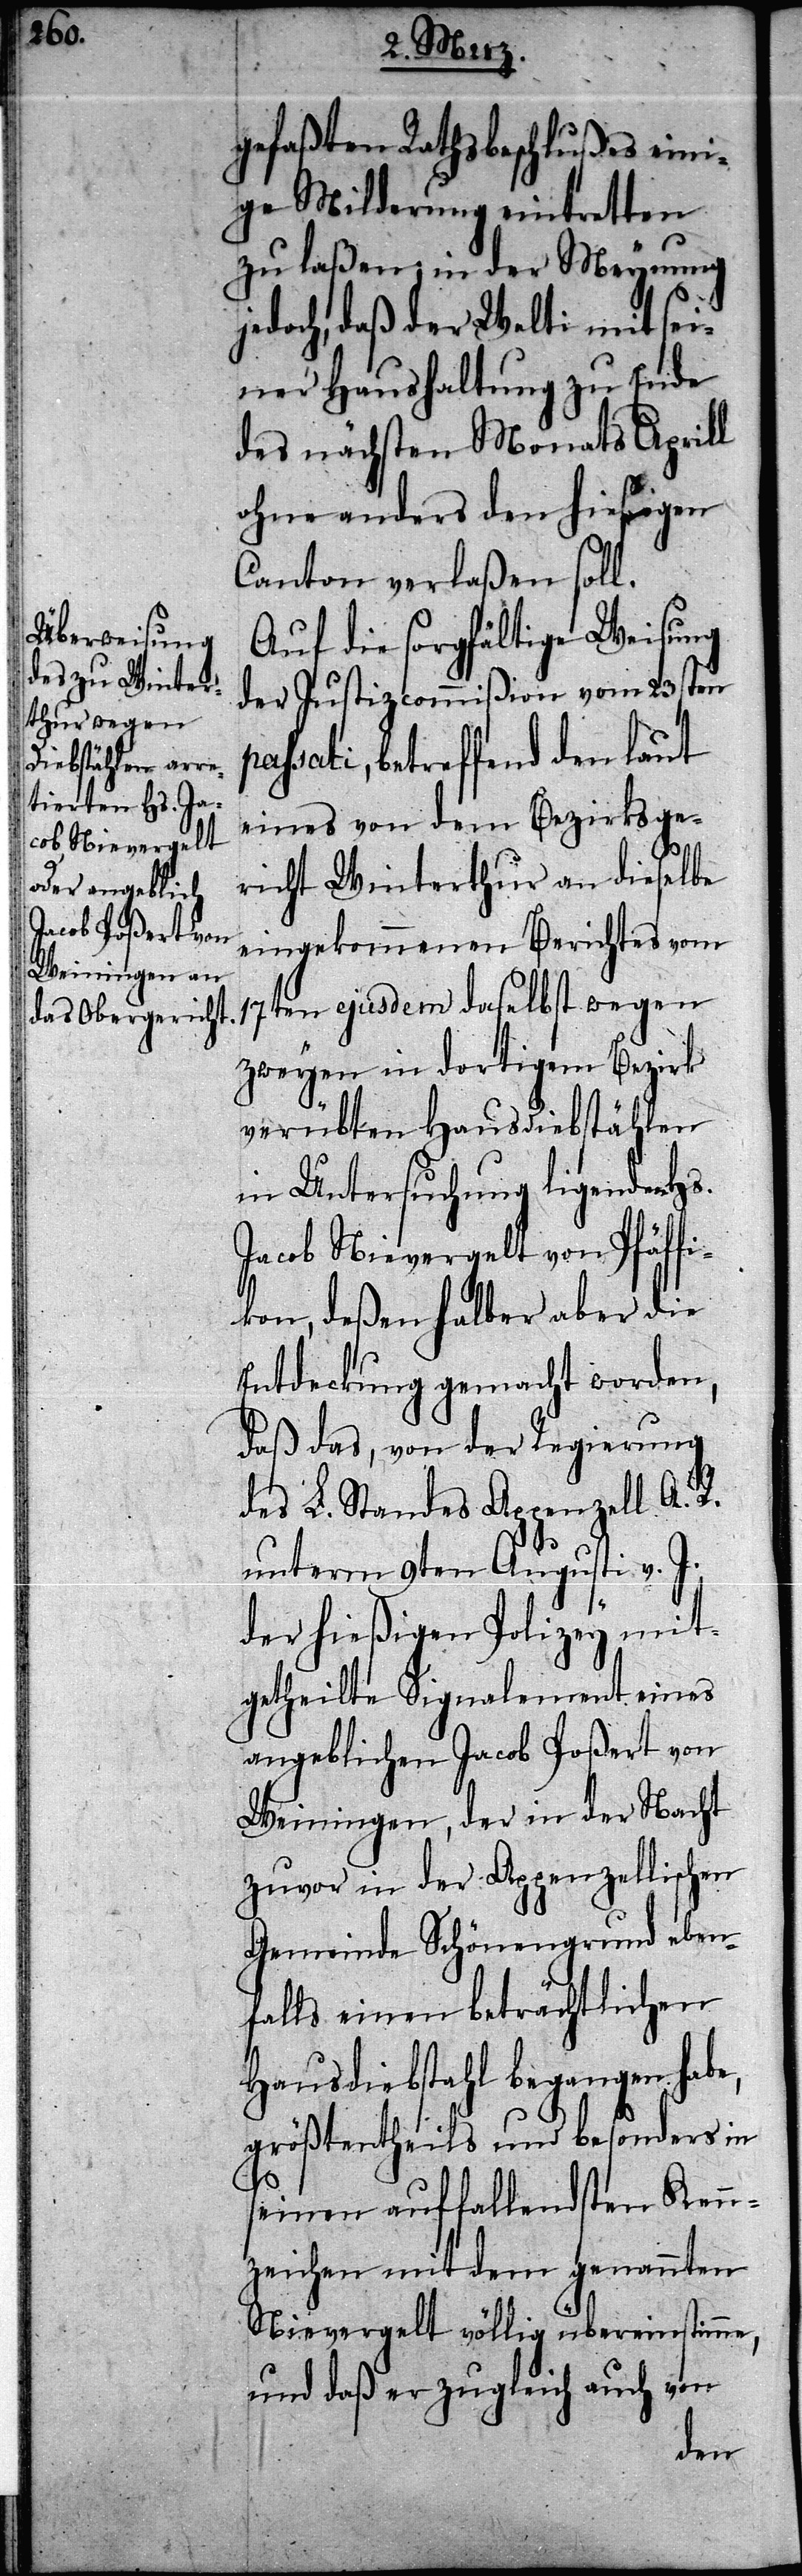
gefaßten Rathsbeschlußes eini¬
ge Milderung eintretten
zu laßen; in der Meynung
jedoch, daß der Welti mit sei¬
ner Haushaltung zu Ende
des nächsten Monaths Aprill
ohne anders den hiesigen
Canton verlaßen soll.
Auf die sorgfältige Weisung
der Justizcommißion vom 23sten
passati, betreffend den laut
eines von dem Bezirksge¬
richt Winterthur an dieselbe
eingekommenen Berichtes vom
zweyen in dortigem Bezirk
verübten Hausdiebstählen
in Untersuchung ligenden Hs.
Jacob Nievergelt von Pfäffi¬
kon, deßen halber aber die
Entdeckung gemacht worden,
daß das, von der Regierung
des L. Standes Appenzell A. R.
unterm 9ten Augusti v. J.
der hießigen Polizey mit¬
getheilte Signalement eines
angeblichen Jacob Poßert von
Weiningen, der in der Nacht
zuvor in der Appenzellischen
Gemeinde Schönengrund eben¬
falls einen beträchtlichen
Hausdiebstahl begangen habe,
größtentheils und besonders in
seinen auffallendsten Kenn¬
zeichen mit dem genannten
Nievergelt völlig übereinstimme,
und daß er zugleich auch von